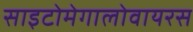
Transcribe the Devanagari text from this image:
साइटोमेगालोवायरस